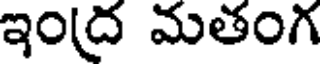
ఇంద్ర మతంగ